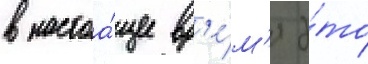
в настоа́щее вр'е́м'я э́то